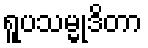
ရူပသမ္မုဒိတာ